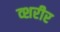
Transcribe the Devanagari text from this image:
व्शरीर